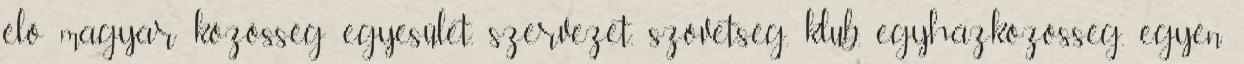
élő magyar közösség egyesület, szervezet, szövetség, klub, egyházközösség, egyén